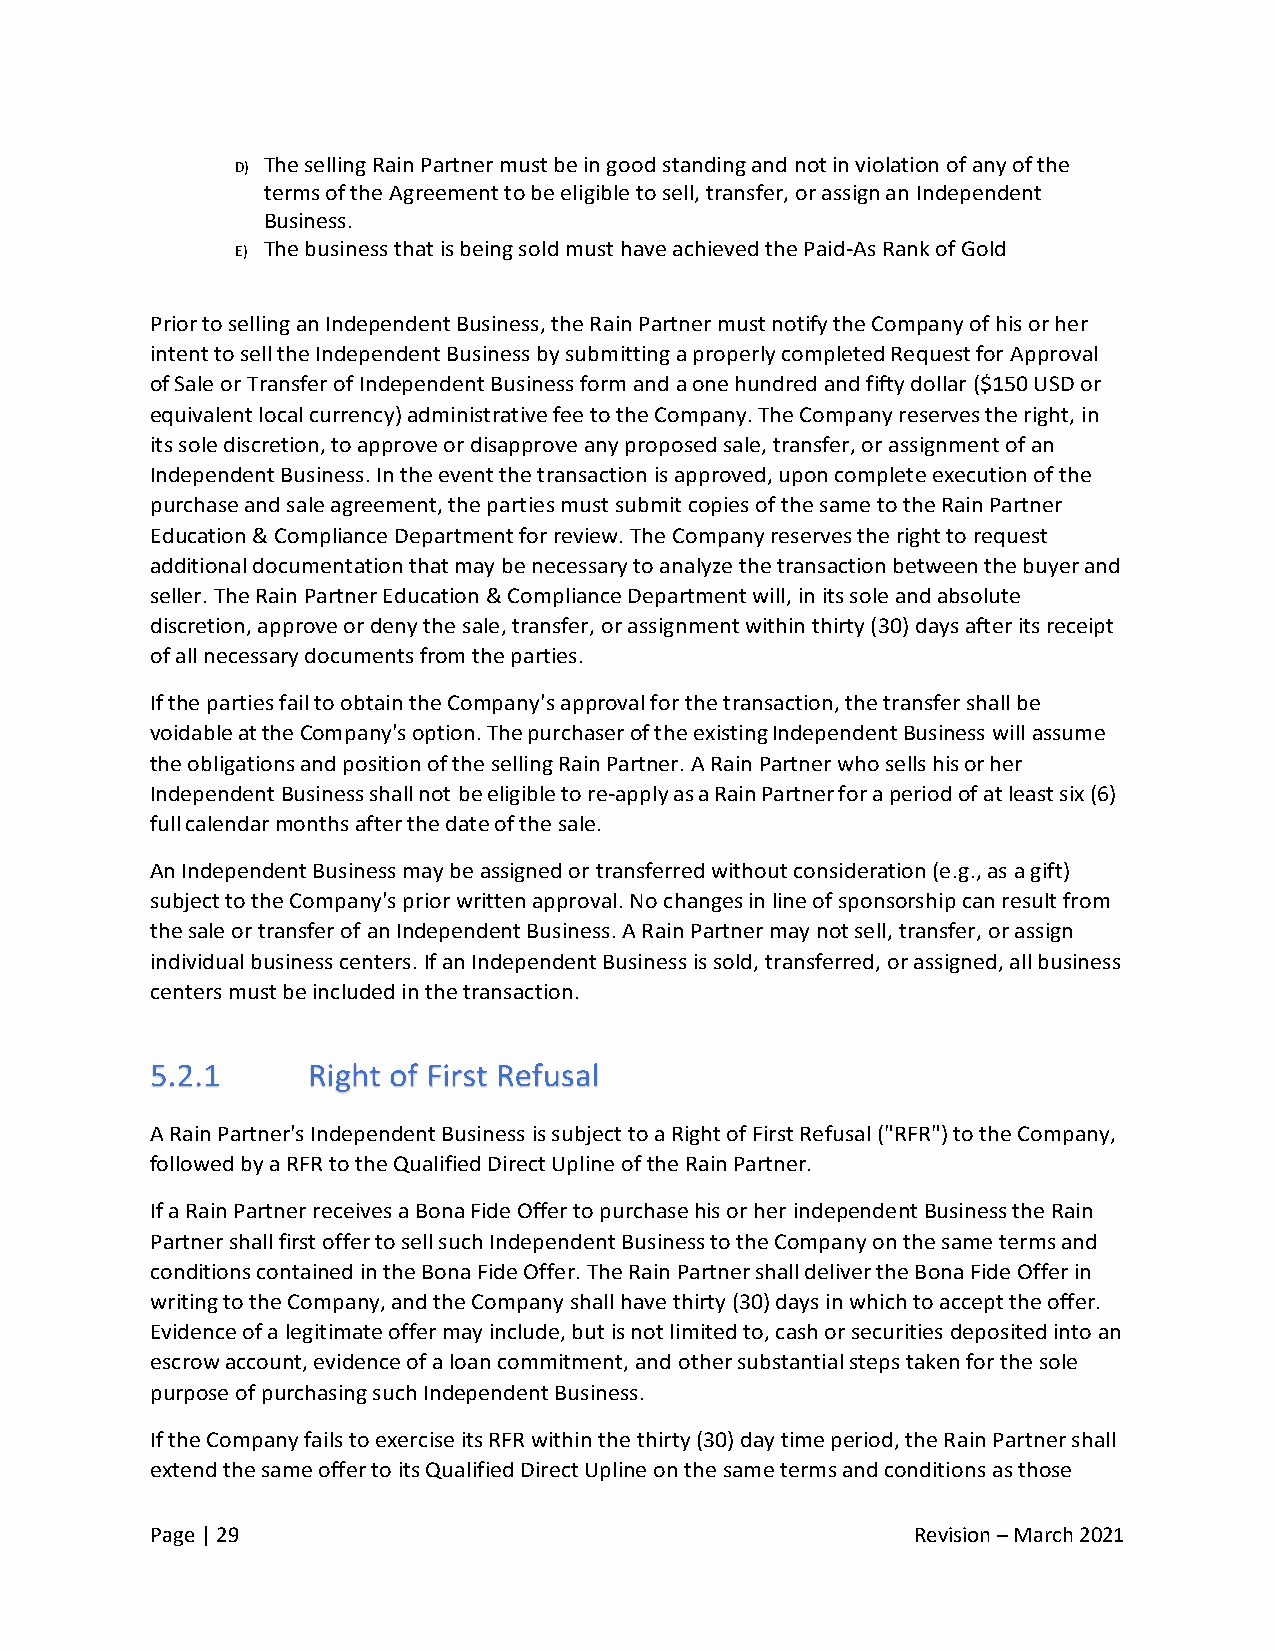
D) The selling Rain Partner must be in good standing and not in violation of any of the
 terms of the Agreement to be eligible to sell, transfer, or assign an Independent
 Business.
 E) The business that is being sold must have achieved the Paid-As Rank of Gold
 Prior to selling an Independent Business, the Rain Partner must notify the Company of his or her
 intent to sell the Independent Business by submitting a properly completed Request for Approval
 of Sale or Transfer of Independent Business form and a one hundred and fifty dollar ($150 USD or
 equivalent local currency) administrative fee to the Company. The Company reserves the right, in
 its sole discretion, to approve or disapprove any proposed sale, transfer, or assignment of an
 Independent Business. In the event the transaction is approved, upon complete execution of the
 purchase and sale agreement, the parties must submit copies of the same to the Rain Partner
 Education & Compliance Department for review. The Company reserves the right to request
 additional documentation that may be necessary to analyze the transaction between the buyer and
 seller. The Rain Partner Education & Compliance Department will, in its sole and absolute
 discretion, approve or deny the sale, transfer, or assignment within thirty (30) days after its receipt
 of all necessary documents from the parties.
 If the parties fail to obtain the Company's approval for the transaction, the transfer shall be
 voidable at the Company's option. The purchaser of the existing Independent Business will assume
 the obligations and position of the selling Rain Partner. A Rain Partner who sells his or her
 Independent Business shall not be eligible to re-apply as a Rain Partner for a period of at least six (6)
 full calendar months after the date of the sale.
 An Independent Business may be assigned or transferred without consideration (e.g., as a gift)
 subject to the Company's prior written approval. No changes in line of sponsorship can result from
 the sale or transfer of an Independent Business. A Rain Partner may not sell, transfer, or assign
 individual business centers. If an Independent Business is sold, transferred, or assigned, all business
 centers must be included in the transaction.
 A Rain Partner's Independent Business is subject to a Right of First Refusal ("RFR") to the Company,
 followed by a RFR to the Qualified Direct Upline of the Rain Partner.
 If a Rain Partner receives a Bona Fide Offer to purchase his or her independent Business the Rain
 Partner shall first offer to sell such Independent Business to the Company on the same terms and
 conditions contained in the Bona Fide Offer. The Rain Partner shall deliver the Bona Fide Offer in
 writing to the Company, and the Company shall have thirty (30) days in which to accept the offer.
 Evidence of a legitimate offer may include, but is not limited to, cash or securities deposited into an
 escrow account, evidence of a loan commitment, and other substantial steps taken for the sole
 purpose of purchasing such Independent Business.
 If the Company fails to exercise its RFR within the thirty (30) day time period, the Rain Partner shall
 extend the same offer to its Qualified Direct Upline on the same terms and conditions as those
 Page | 29                                          Revision – March 2021